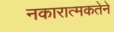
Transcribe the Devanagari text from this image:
नकारात्मकतेने